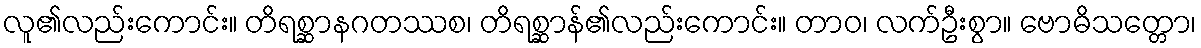
လူ၏လည်းကောင်း။ တိရစ္ဆာနဂတဿစ၊ တိရစ္ဆာန်၏လည်းကောင်း။ တာဝ၊ လက်ဦးစွာ။ ဗောဓိသတ္တော၊